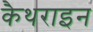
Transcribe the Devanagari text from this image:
कैथराइन